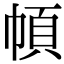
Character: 幁